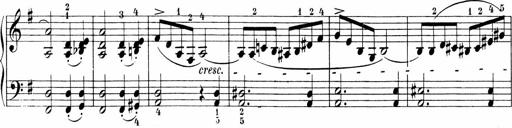
Title: 3 Sonatinas
Composer: Carl Reinecke